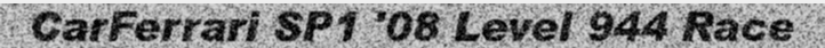
CarFerrari SP1 '08 Level 944 Race